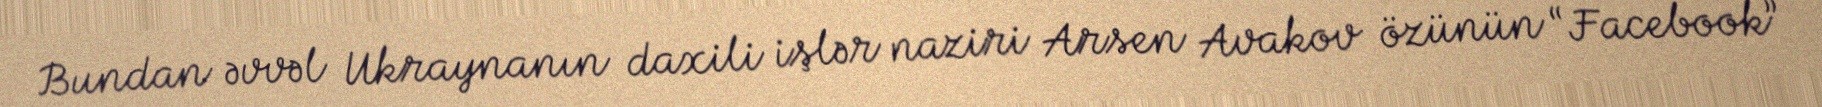
Bundan əvvəl Ukraynanın daxili işlər naziri Arsen Avakov özünün “Facebook”